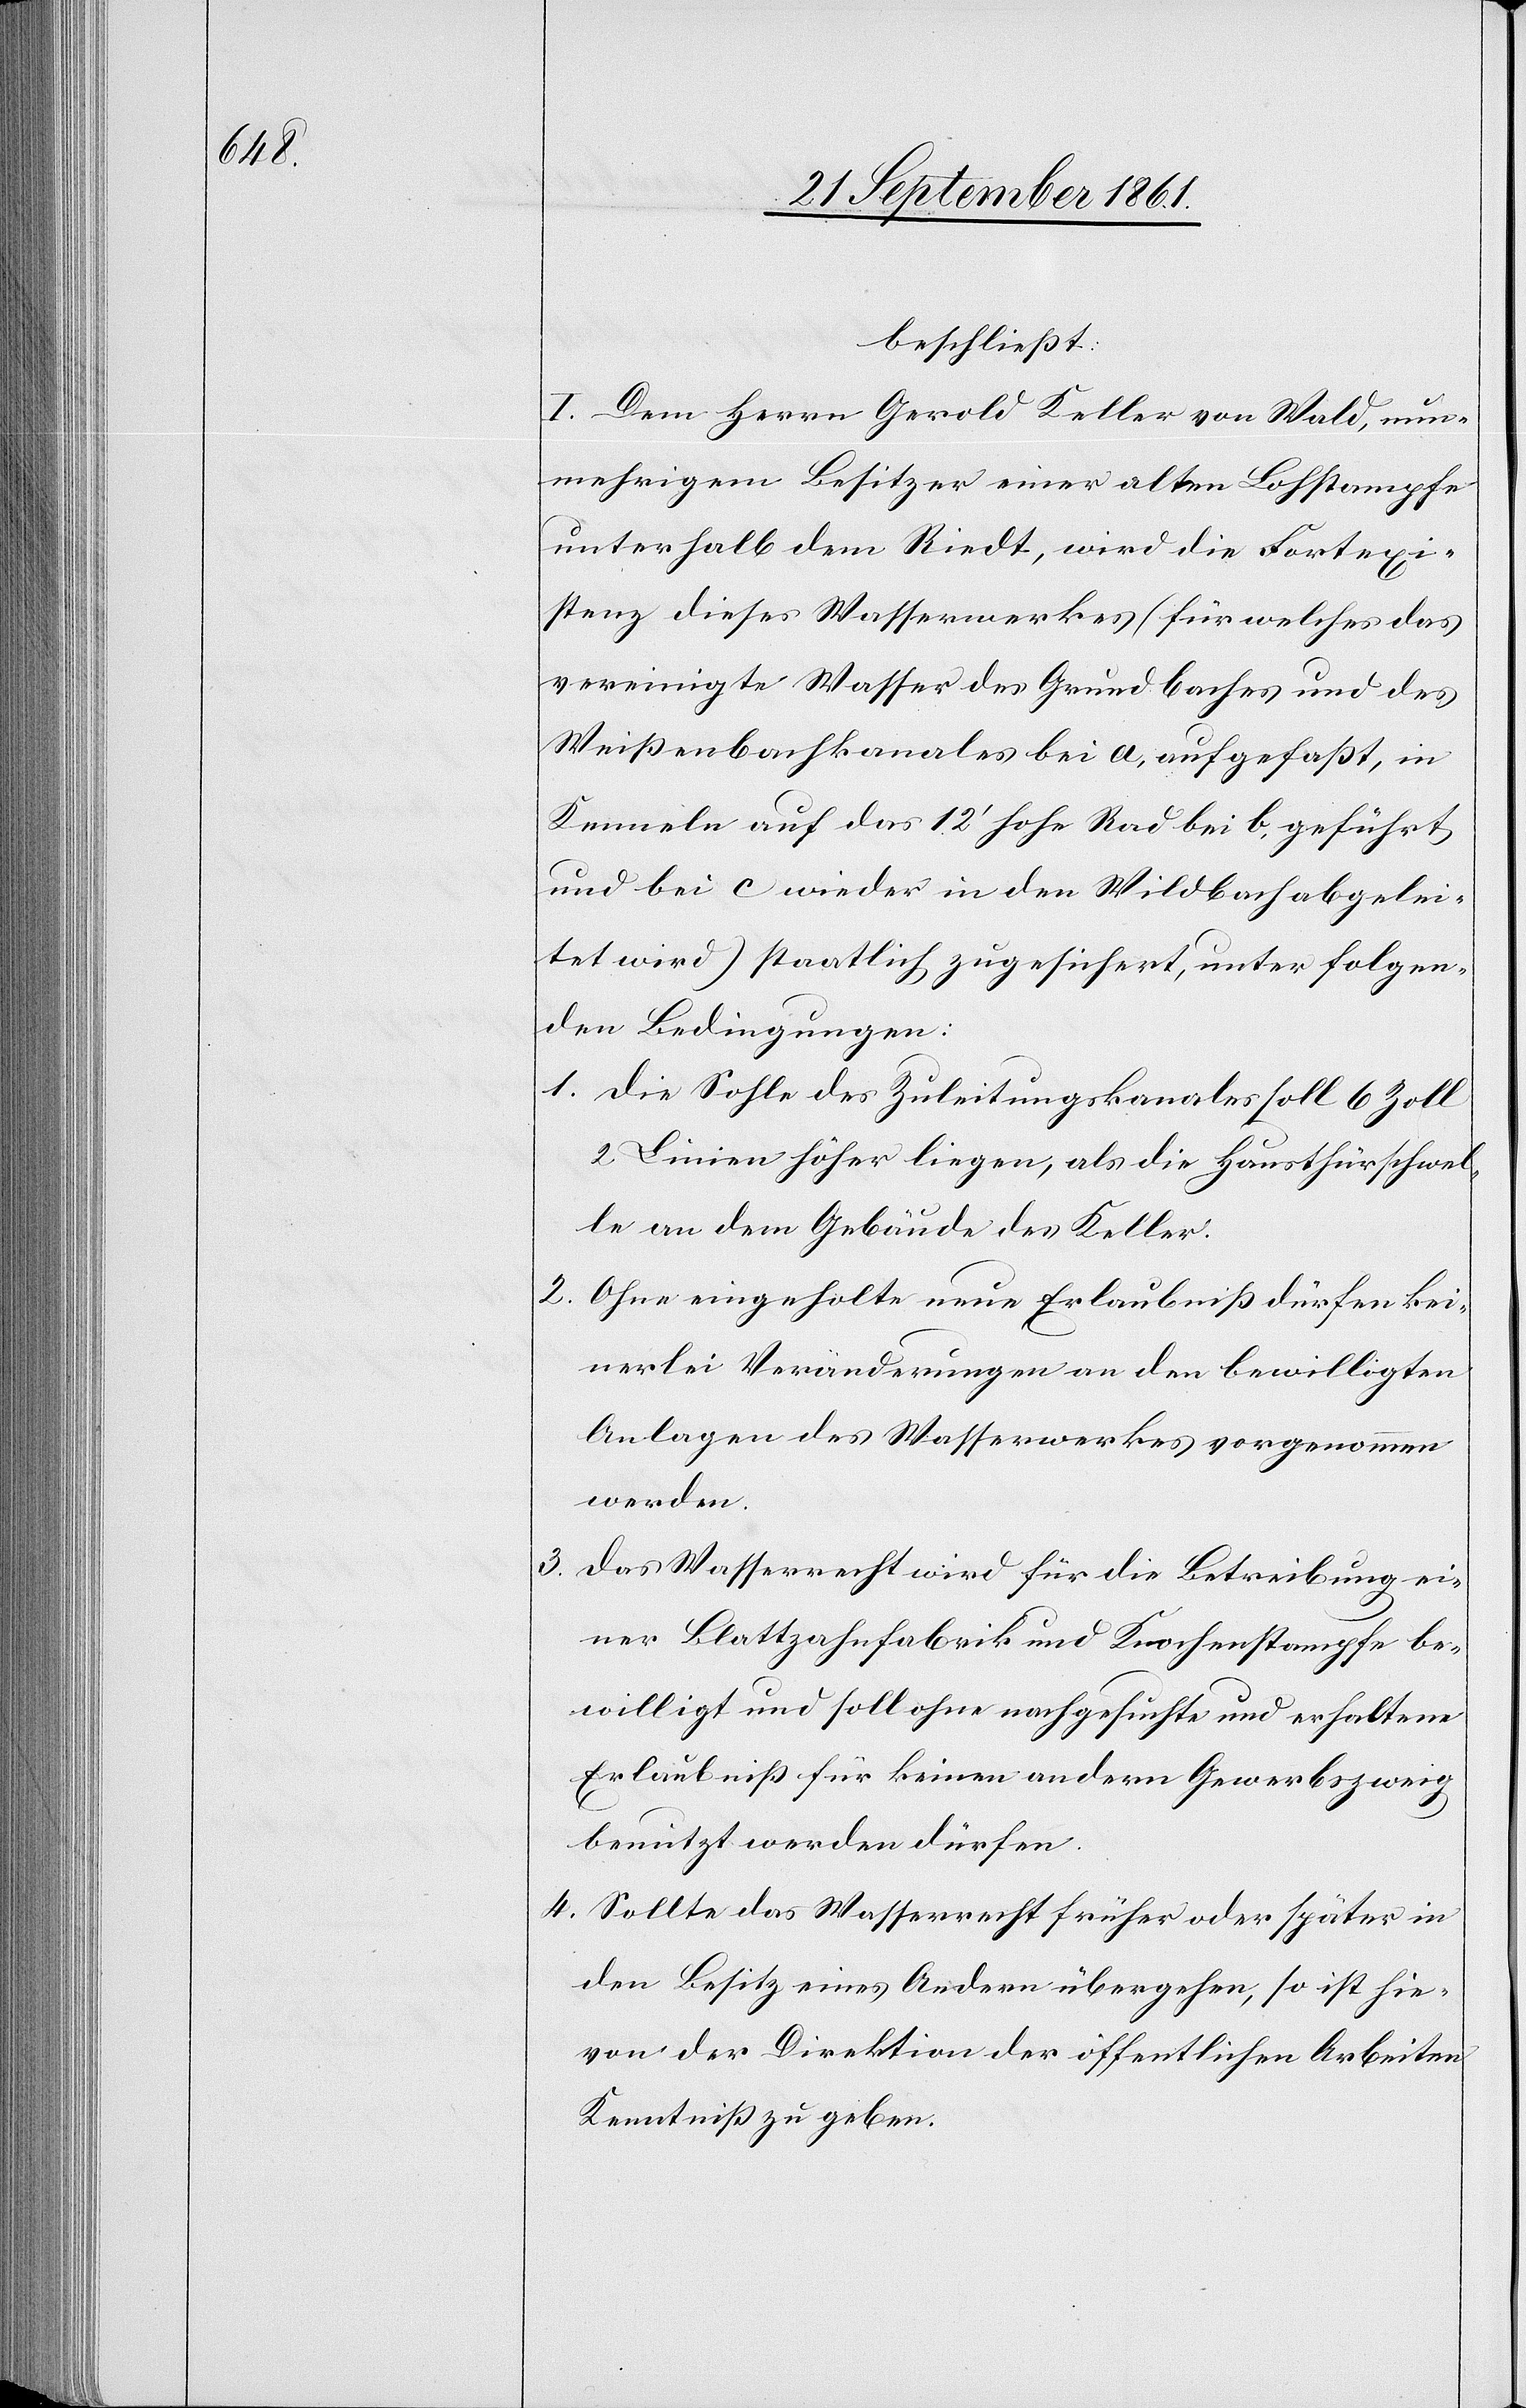
beschließt:
I. Dem Herrn Gerold Keller von Wald, nun¬
mehrigen Besitzer einer alten Lohstampfe
unterhalb dem Riedt, wird die Fortexi¬
stenz dieses Wasserwerkes (für welches das
vereinigte Wasser des Grundbaches und des
Weißenbachkanales bei a, aufgefaßt, in
Kenneln auf das 12’ hohe Rad bei b, geführt
und bei c wieder in den Wildbach abgelei¬
tet wird) staatlich zugesichert, unter folgen¬
den Bedingungen:
1. Die Sohle des Zuleitungskanales soll 6 Zoll
2 Linien höher liegen, als die Hausthürschwel¬
le an dem Gebäude des Keller.
2. Ohne eingeholte neue Erlaubniß dürfen kei¬
nerlei Veränderungen an den bewilligten
Anlagen des Wasserwerkes vorgenommen
werden.
3. Das Wasserrecht wird für die Betreibung ei¬
ner Blattzahnfabrik und Knochenstampfe be¬
willigt und soll ohne nachgesuchte und erhaltene
Erlaubniß für keinen andern Gewerbszweig
benutzt werden dürfen.
4. Sollte das Wasserrecht früher oder später in
den Besitz eines Andern übergehen, so ist hie¬
von der Direktion der öffentlichen Arbeiten
Kenntniß zu geben.